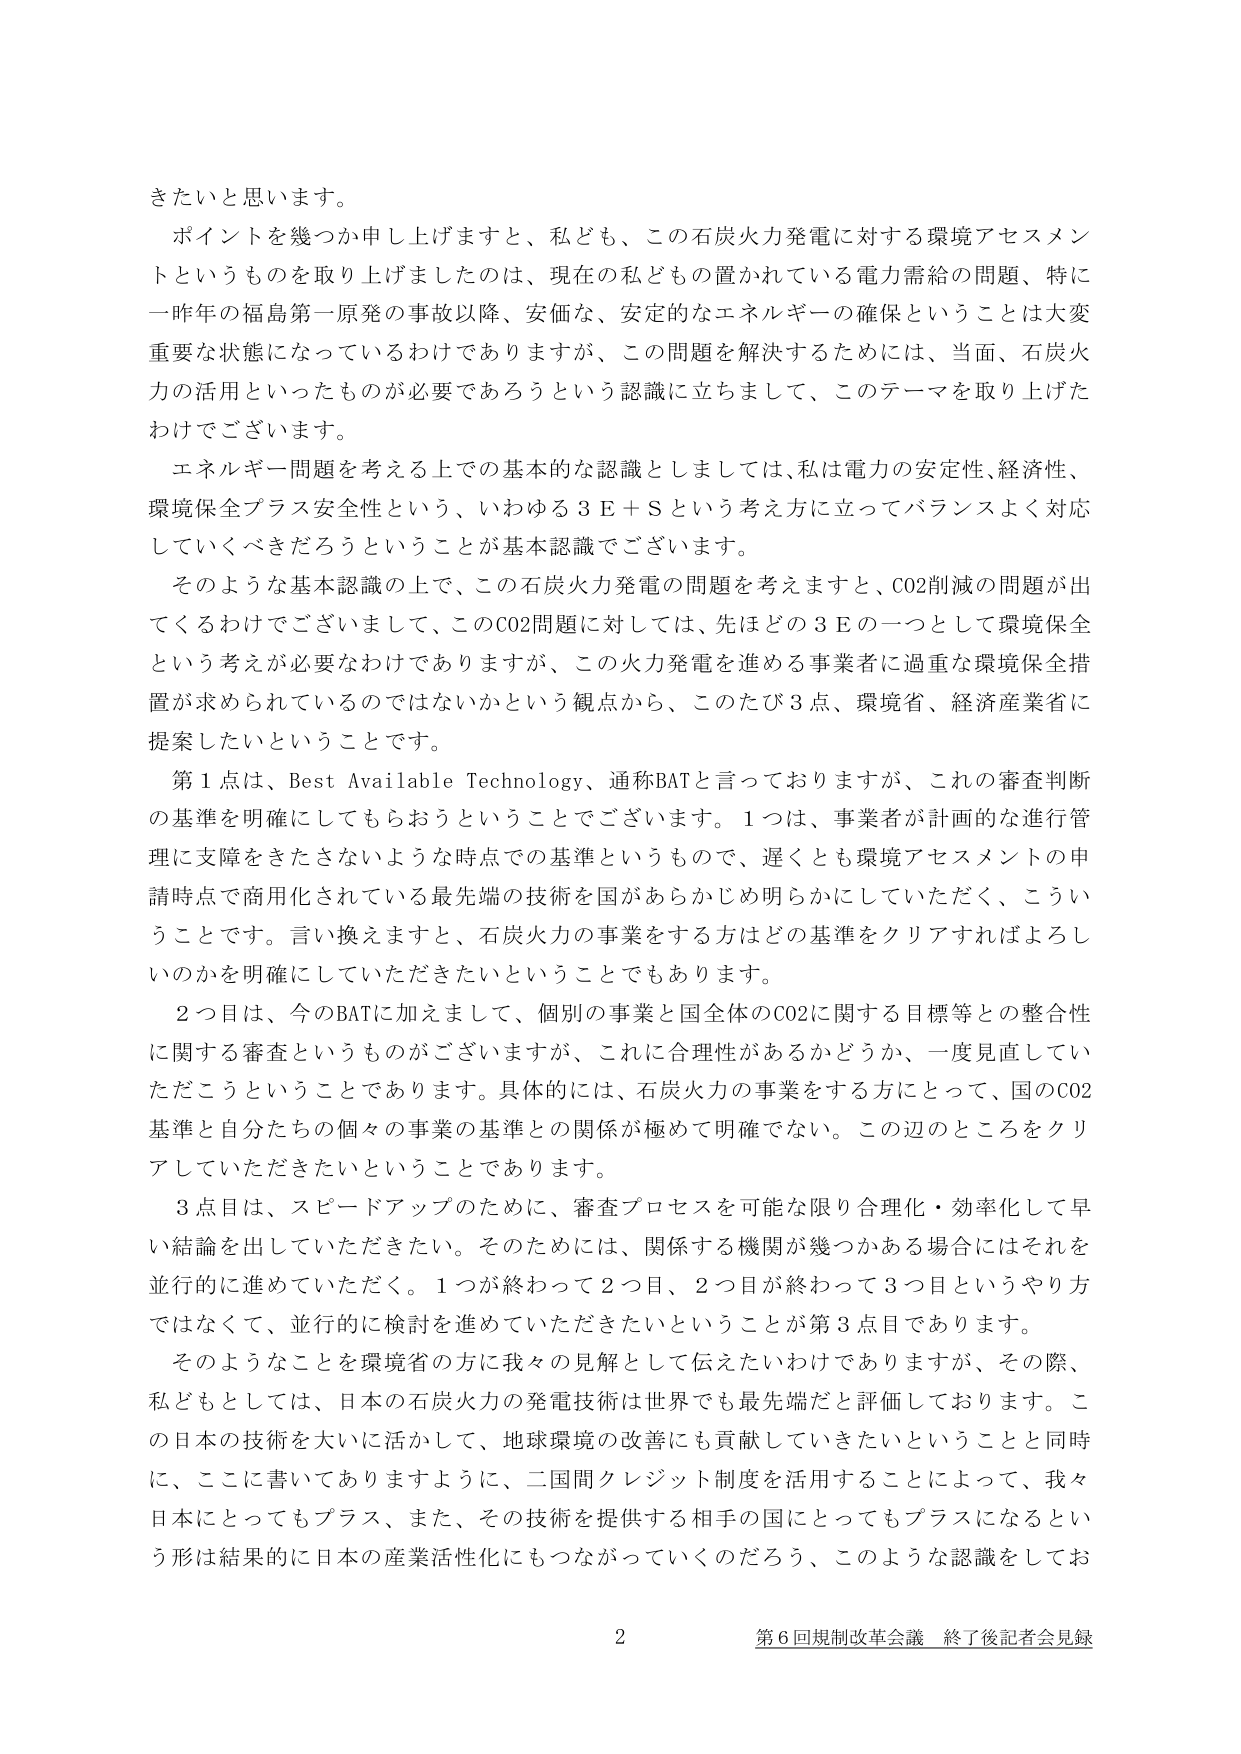
きたいと思います。

ポイントを幾つか申し上げますと、私ども、この石炭火力発電に対する環境アセスメントというものを取り上げましたのは、現在の私どもが置かれている電力需給の問題、特に一昨年の福島第一原発の事故以降、安価な、安定的なエネルギーの確保ということは大変重要な状態になっているわけでありますが、この問題を解決するためには、当面、石炭火力の活用といったものが必要であろうという認識に立ちまして、このテーマを取り上げたわけでございます。

エネルギー問題を考える上での基本的な認識としましては、私は電力の安定性、経済性、環境保全プラス安全性という、いわゆる３Ｅ＋Ｓという考え方に立ってバランスよく対応していくべきだろうということが基本認識でございます。

そのような基本認識の上で、この石炭火力発電の問題を考えますと、CO2削減の問題が出てくるわけでございまして、このCO2問題に対しては、先ほどの３Ｅの一つとして環境保全という考えが必要なわけありますが、この火力発電を進める事業者に過重な環境保全措置が求められているのではないかという観点から、このたび３点、環境省、経済産業省に提案したいということです。

第１点は、Best Available Technology、通称BATと言っておりますが、これの審査判断の基準を明確にしてもらおうということでございます。１つは、事業者が計画的な進行管理に支障をきたさないような時点での基準というもので、遅くとも環境アセスメントの申請時点で商用化されている最先端の技術を国があらかじめ明らかにしていただく、こういうことです。言い換えますと、石炭火力の事業をする方はどの基準をクリアすればよろしいのかを明確にしていただきたいということでもあります。

２つ目は、今のBATに加えまして、個別の事業と国全体のCO2に関する目標等との整合性に関する審査というものがございますが、これに合理性があるかどうか、一度見直していただこうということであります。具体的には、石炭火力の事業をする方にとって、国のCO2基準と自分たちの個々の事業の基準との関係が極めて明確でない。この辺のところをクリアしていただきたいということであります。

３点目は、スピードアップのために、審査プロセスを可能な限り合理化・効率化して早い結論を出していただきたい。そのためには、関係する機関が幾つかある場合にはそれを並行的に進めていただく。１つが終わって２つ目、２つ目が終わって３つ目というやり方ではなくて、並行的に検討を進めていただきたいということが第３点目であります。

そのようなことを環境省の方に我々の見解として伝えたいわけでありますが、その際、私どもとしては、日本の石炭火力の発電技術は世界でも最先端だと評価しております。この日本の技術を大いに活かして、地球環境の改善にも貢献していきたいということと同時に、ここに書いてありますように、二国間クレジット制度を活用することによって、我々日本にとってもプラス、また、その技術を提供する相手の国にとってもプラスになるという形は結果的に日本の産業活性化にもつながっていくのだろう、このような認識をしてお

2 第6回規制改革会議 終了後記者会見録